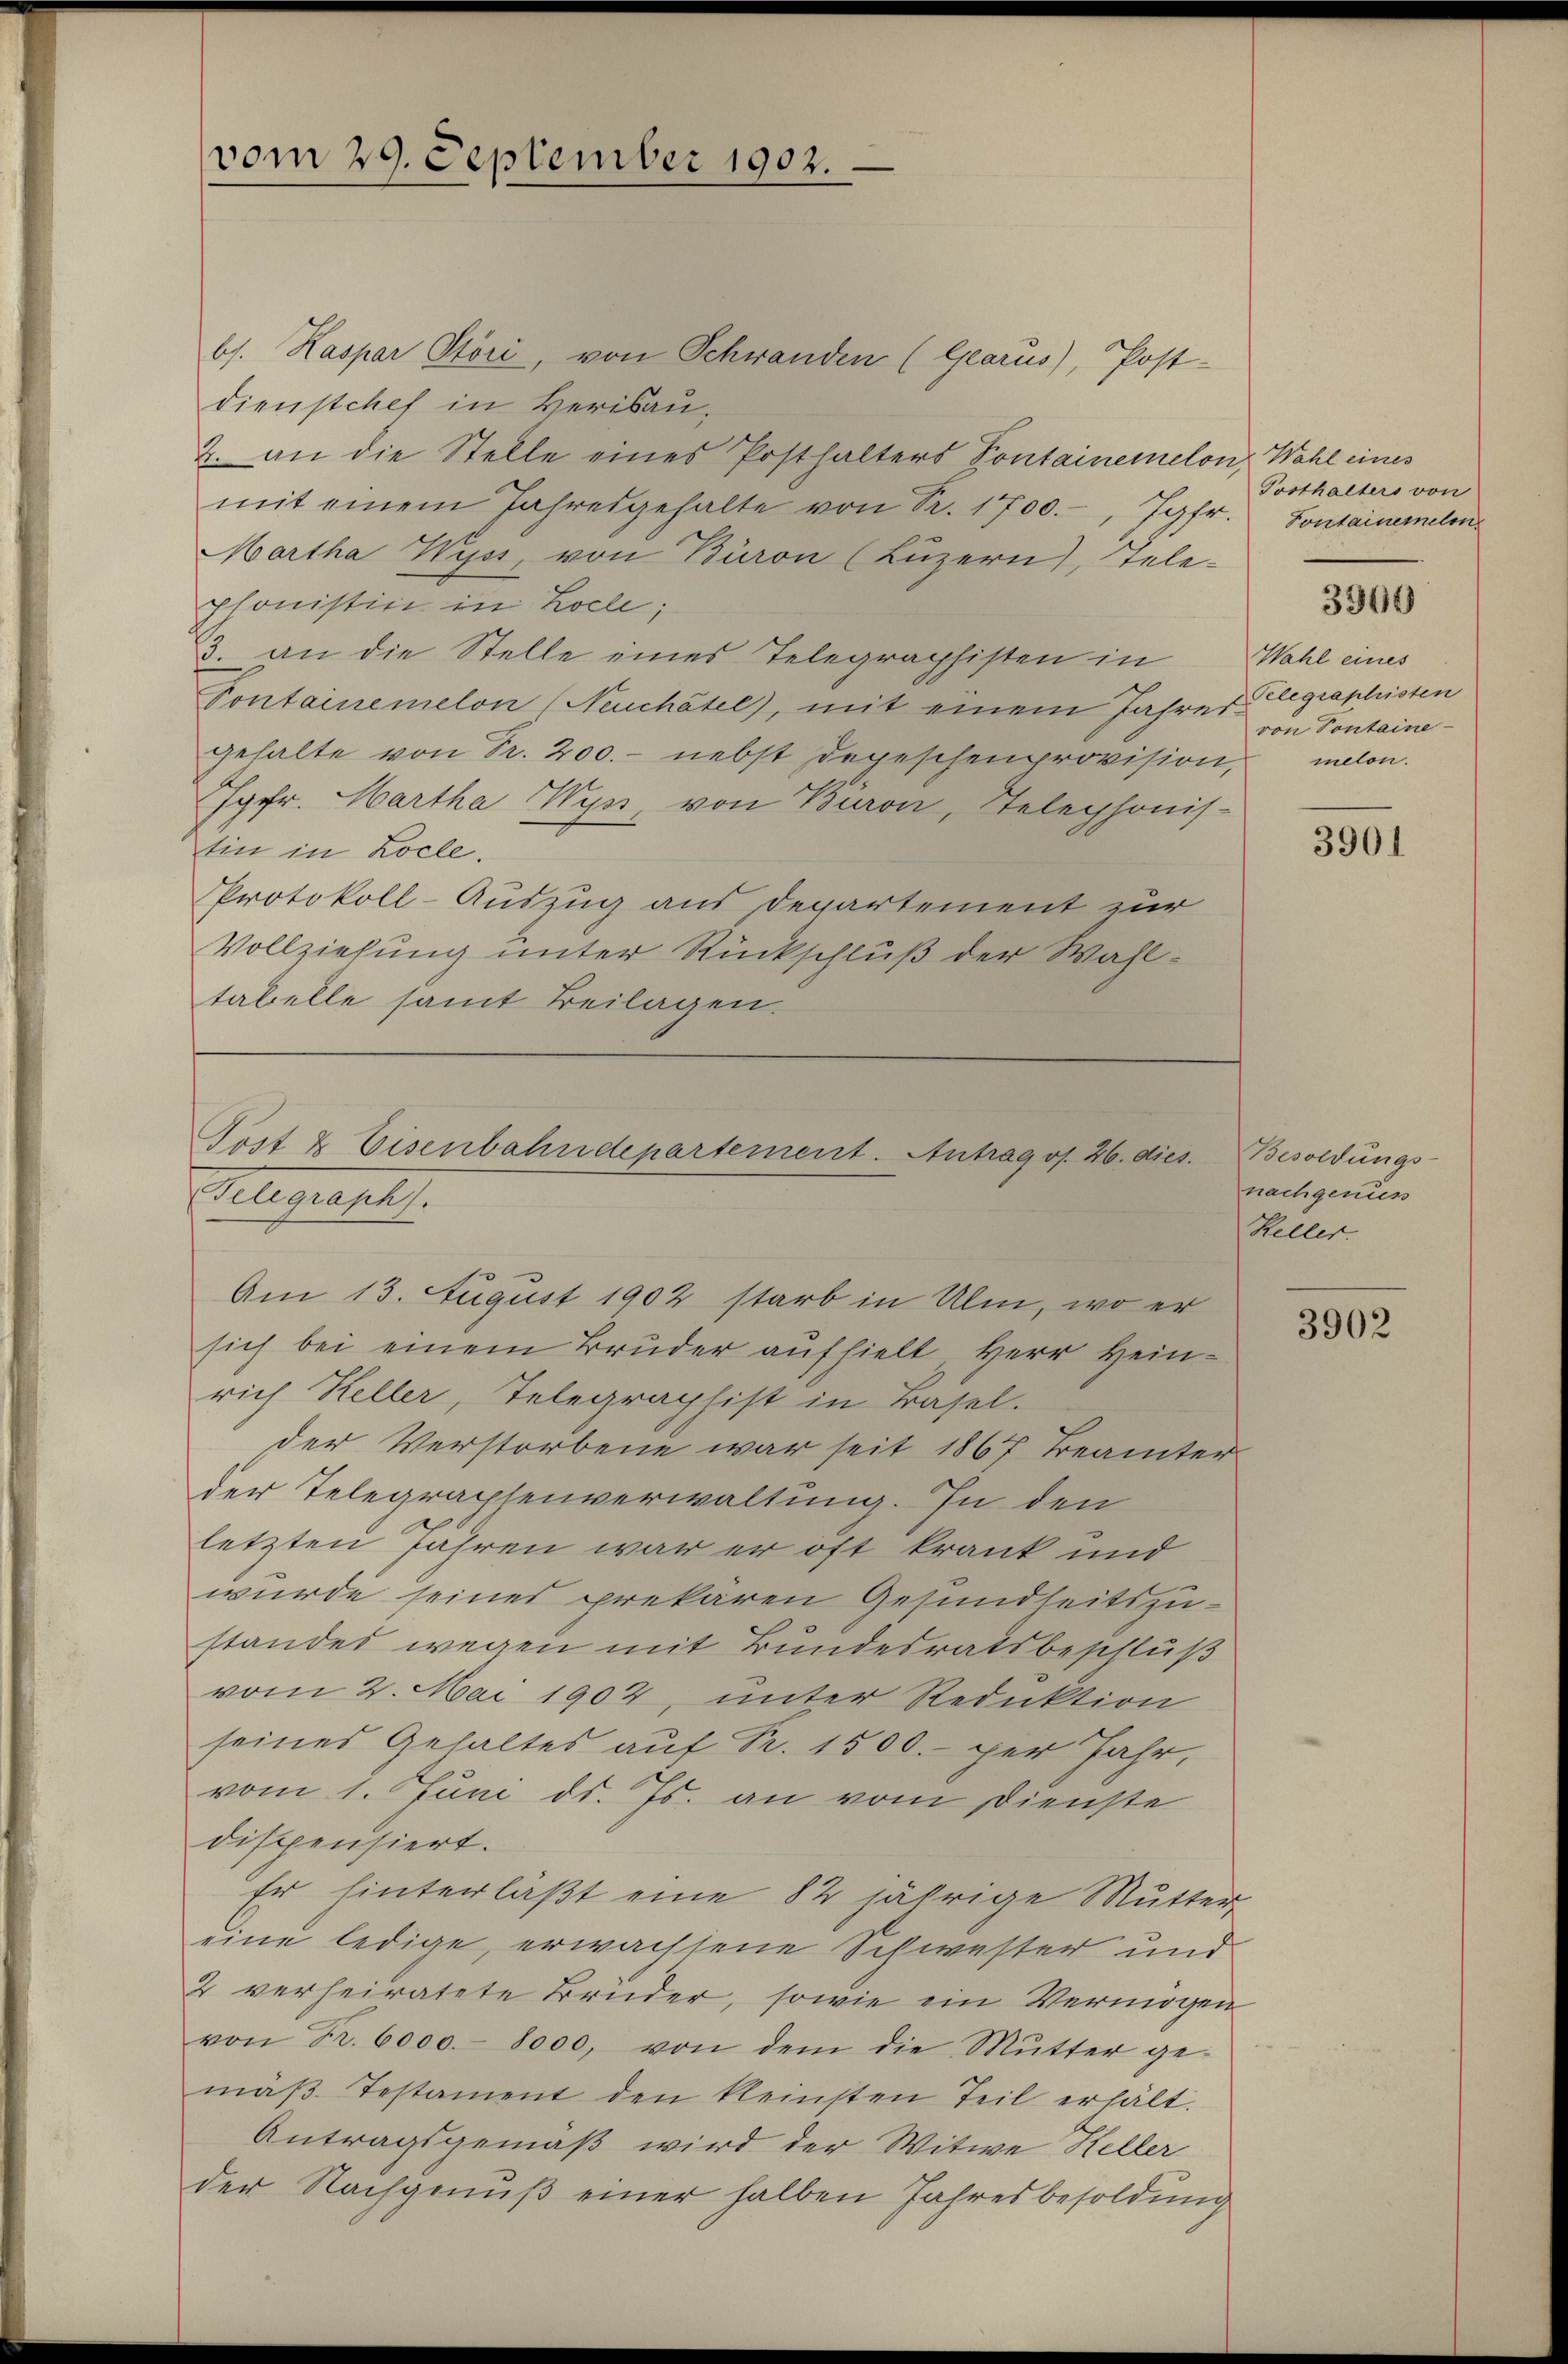
vom 29. September 1902.

bs. Kaspar Störi, von Schwanden (Glarus), Post-
dienstchef in Herisau,
2. an die Stelle eines Posthalters Kontainemelon Wahl eines
mit einem Jahresgehalte von Sr. 1700.-, Jgfr. Sontainerelon
Martha Wyss, von Baron (Luzern), Tele-
phonistini in Zolle;
3. an die Stelle eines Telegraphisten in Wahl eines
Pontainemelon (Neuchâtel), mit einem Jahres legraphisten
gehalte von Fr. 200.- nebst Depeschenprovision,
Jgfr. Martha Wyn, von Baron, Telephonis-
Ein in Locle.
Protokoll-Auszug aus Departement zur
Vollziehung unter Rückschluß der Wahltabelle samt Beilagen.

Post & Eisenbahndepartement. Antrag os. 26. dies
Telegraph.
Am 13. August 1902 starb in Ulm, wo er

sich bei einem Bruder aufhielt, Herr Heinrich Heller, Telegraphist in Basel.
der Verstorbene war seit 1867 Beamter
der Telegraphenverwaltung. In den
letzten jähren war er oft krank und
wurde seines prekären Gesundheitszustandes wegen mit Bundesratsbeschluß
vom 2. Mai 1902, unter Reduktion
seines Gehaltes auf Fr. 1500.- per Jahr,
vom 1. Juni d. Js. an vom Dienste
dispensiert.
Er hinterläßt eine 82 jährige Mutter
eine ledige, erwachsene Schwester und
2 verheiratete Bruder, sowie ein Vermögen
von Fr. 6000.- 8000, von dem die Mutter ge-
mäβ Testament den kleinsten Teil erhält.
Antragsgemäß wird der Witwe Keller
der Nachgenuß einer halben Jahresbesoldung

Posthalters von

3360

von Pontaine
melon.

3901

Besoldungs-
nachgenus
Heller.

3902